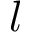
l